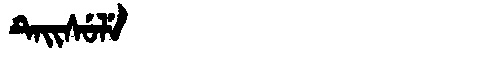
Manchu: ᡨᡝᡳᠰᡠᠯᡝ
Romanization: TEISULE